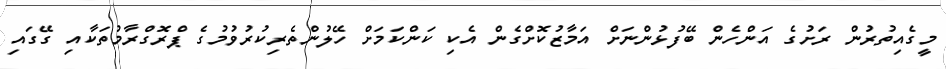
މީގެއިތުރުން ރަށުގެ އަންހެން ބޭފުޅުންނަށް އަމާޒުކޮށްގެން އެކި ކަންކަމަށް ހޭލުންތެރިކުރުވުމުގެ ޕްރޮގްރާމުތަކާއި ގޭގައި